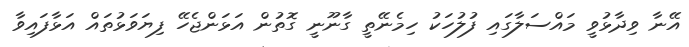
އޭނާ ވިދާޅުވީ މައްސަލާގައި ފުލުހަކު ހިމެނޭތީ ގާނޫނީ ގޮތުން އަޅަންޖެހޭ ފިޔަވަޅުތައް އަޅާފައިވާ